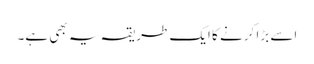
اسے بڑا کرنے کا ایک طریقہ یہ بھی ہے۔